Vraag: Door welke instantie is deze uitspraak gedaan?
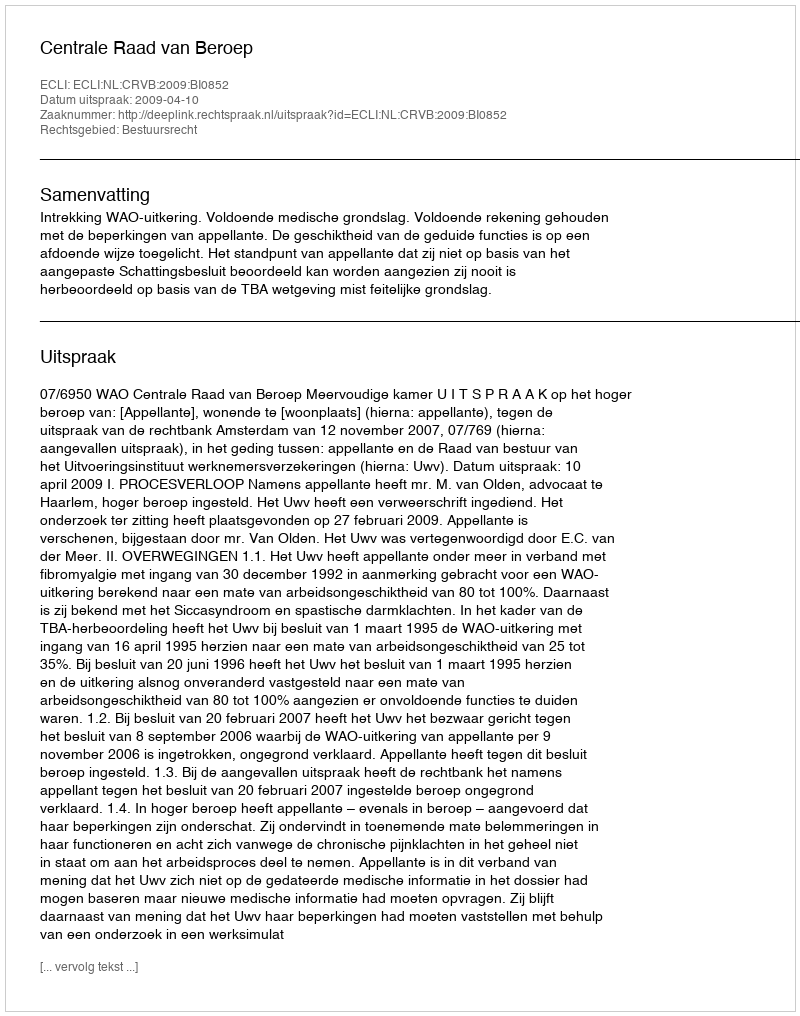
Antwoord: Centrale Raad van Beroep